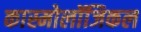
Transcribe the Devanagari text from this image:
कास्मोलॉजिकल